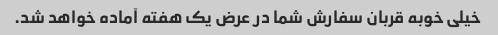
خیلی خوبه قربان سفارش شما در عرض یک هفته آماده خواهد شد.